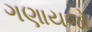
ગણાયજો